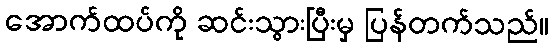
အောက်ထပ်ကို ဆင်းသွားပြီးမှ ပြန်တက်သည်။